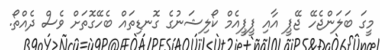
މީގަ ބަލަންޖެހޭ ޖޭޕީ އާއި ޕީޕީއެމް ކޯލިޝަނުގެ ގޮނޑިތައް ބެހޭގޮތަށް ވެސް ދެއްތޯ.